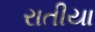
રાતીયા